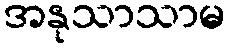
အနုသာသာမ